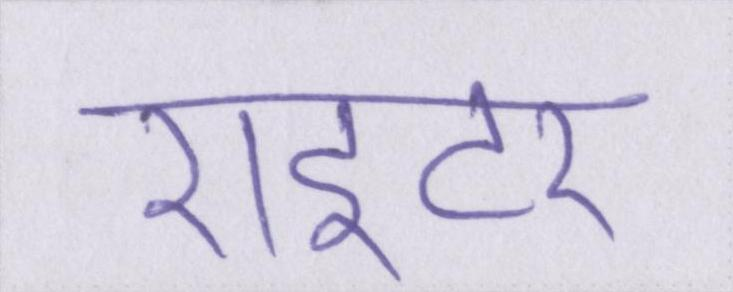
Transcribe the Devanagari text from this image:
राइटर